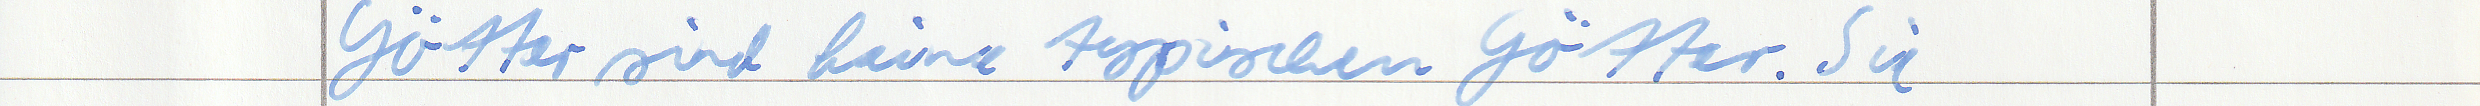
Götter sind keine typischen Götter. Sie